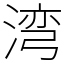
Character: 湾